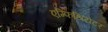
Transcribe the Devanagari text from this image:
एम्फिथियेटर